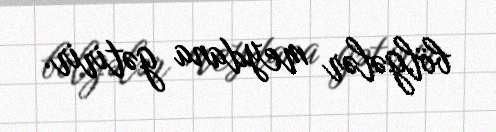
bölgələr meydana gətirir.